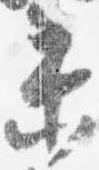
未